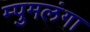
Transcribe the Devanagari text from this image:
म्पुमलंगा